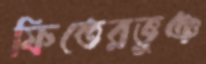
ফিতেরভুঞ